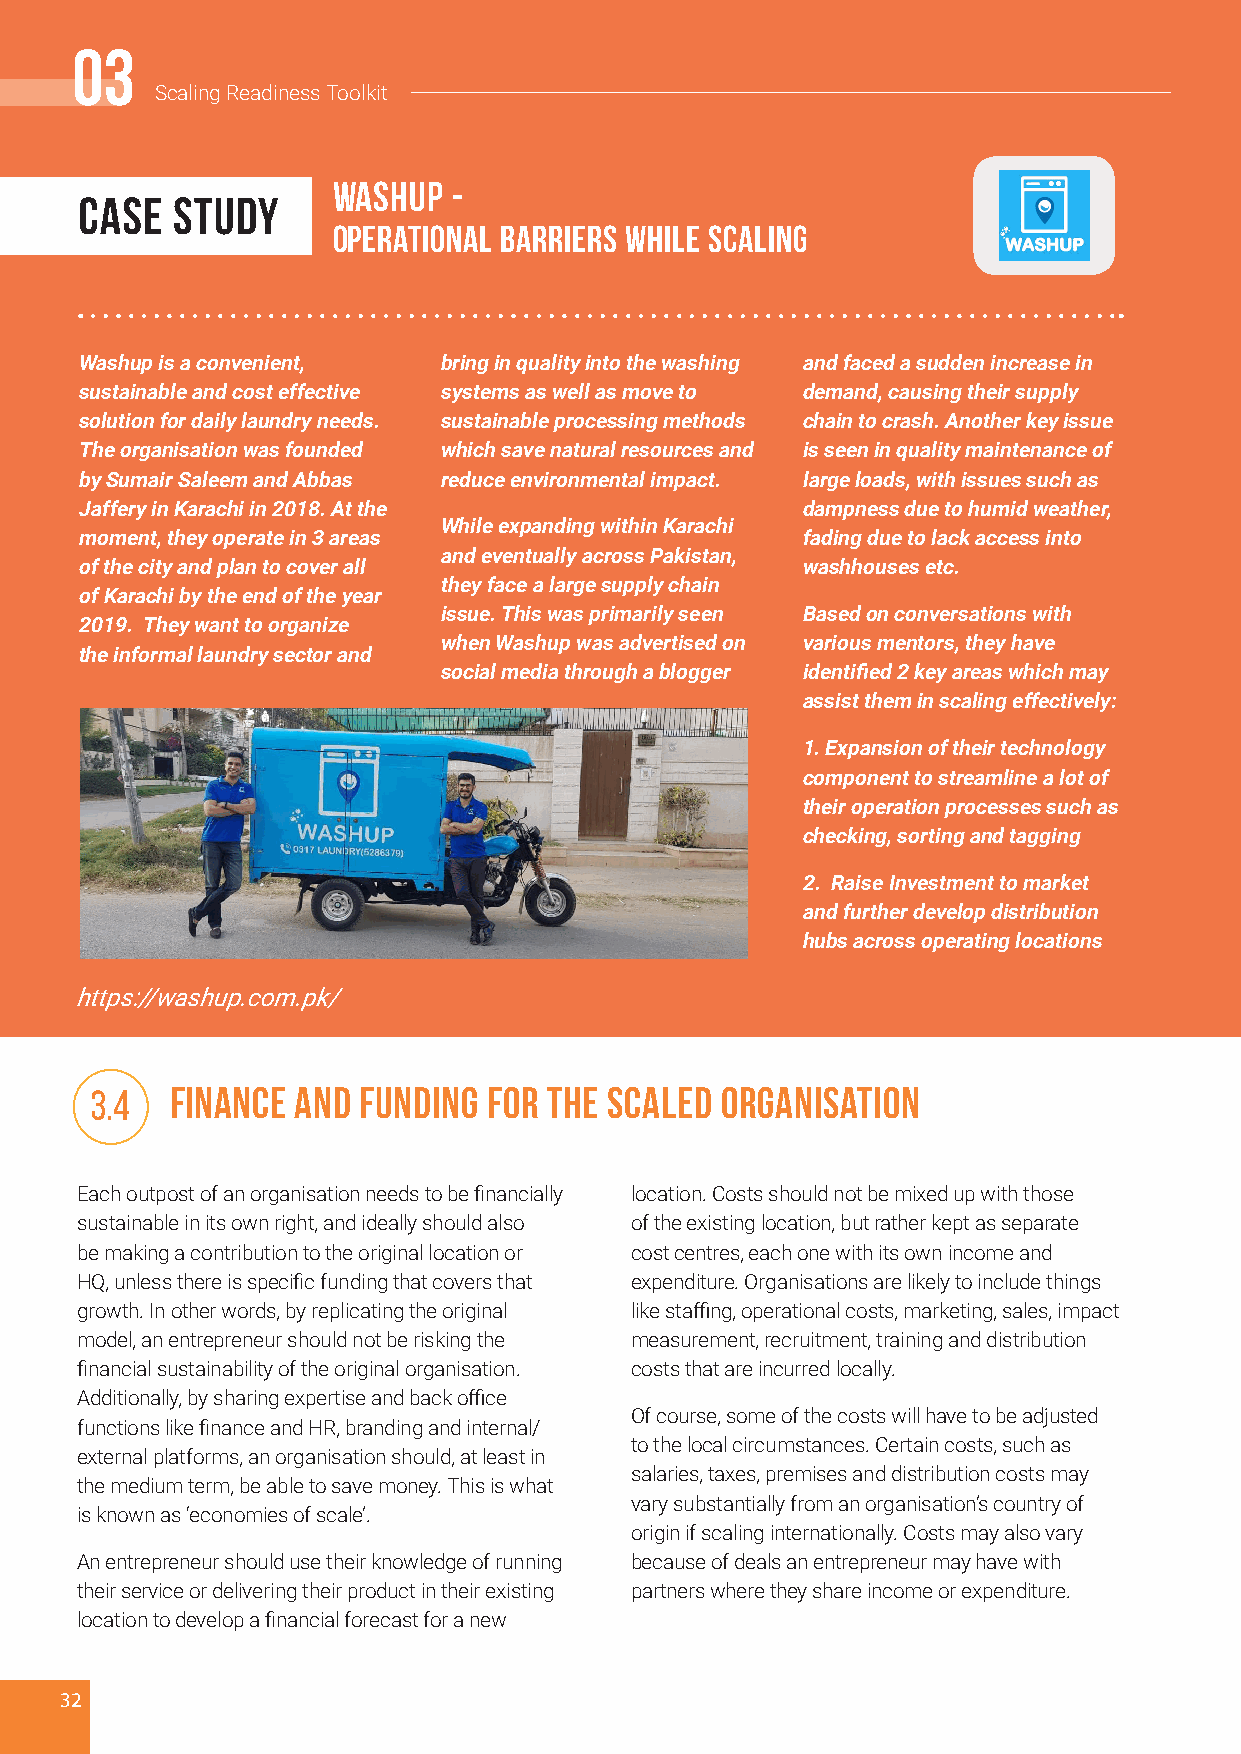
0033
 SSccaalliinngg RReeaaddiinneessss TToooollkkiitt
 Washup  -
 CASE  STUDY
 Operational Barriers while scaling
 Washup is a convenient, bring in quality into the washing and faced a sudden increase in
 sustainable and cost effective systems as well as move to demand, causing their supply
 solution for daily laundry needs. sustainable processing methods chain to crash. Another key issue
 The organisation was founded which save natural resources and is seen in quality maintenance of
 by Sumair Saleem and Abbas reduce environmental impact. large loads, with issues such as
 Jaffery in Karachi in 2018. At the              dampness due to humid weather,
 While expanding within Karachi
 moment, they operate in 3 areas                 fading due to lack access into
 and eventually across Pakistan,
 of the city and plan to cover all               washhouses etc.
 they face a large supply chain
 of Karachi by the end of the year
 issue. This was primarily seen Based on conversations with
 2019. They want to organize
 when Washup was advertised on various mentors, they have
 the informal laundry sector and
 social media through a blogger identified 2 key areas which may
 assist them in scaling effectively:
 1. Expansion of their technology
 component to streamline a lot of
 their operation processes such as
 checking, sorting and tagging
 2. Raise Investment to market
 and further develop distribution
 hubs across operating locations
 https://washup.com.pk/
 3.4  Finance  and Funding for the Scaled  Organisation
 Each outpost of an organisation needs to be financially location. Costs should not be mixed up with those
 sustainable in its own right, and ideally should also of the existing location, but rather kept as separate
 be making a contribution to the original location or cost centres, each one with its own income and
 HQ, unless there is specific funding that covers that expenditure. Organisations are likely to include things
 growth. In other words, by replicating the original like staffing, operational costs, marketing, sales, impact
 model, an entrepreneur should not be risking the measurement, recruitment, training and distribution
 financial sustainability of the original organisation. costs that are incurred locally.
 Additionally, by sharing expertise and back office
 Of course, some of the costs will have to be adjusted
 functions like finance and HR, branding and internal/
 to the local circumstances. Certain costs, such as
 external platforms, an organisation should, at least in
 salaries, taxes, premises and distribution costs may
 the medium term, be able to save money. This is what
 vary substantially from an organisation’s country of
 is known as ‘economies of scale’.
 origin if scaling internationally. Costs may also vary
 An entrepreneur should use their knowledge of running because of deals an entrepreneur may have with
 their service or delivering their product in their existing partners where they share income or expenditure.
 location to develop a financial forecast for a new
 32